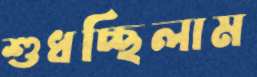
শুধচ্ছিলাম